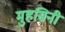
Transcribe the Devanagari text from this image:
मुहसिनी